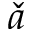
\check { a }